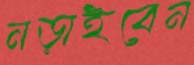
নড়াইবেন